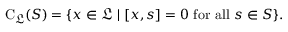
\mathrm { C } _ { \mathfrak { L } } ( S ) = \{ x \in { \mathfrak { L } } \mid [ x , s ] = 0 { \mathrm { ~ f o r ~ a l l ~ } } s \in S \} .